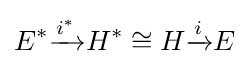
E^{*}{\xrightarrow {i^{*}}}H^{*}\cong H{\xrightarrow {i}}E